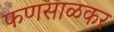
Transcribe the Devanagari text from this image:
फणसाळकर